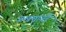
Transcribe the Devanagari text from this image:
जखमांवर